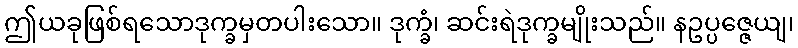
ဤယခုဖြစ်ရသောဒုက္ခမှတပါးသော။ ဒုက္ခံ၊ ဆင်းရဲဒုက္ခမျိုးသည်။ နဥပ္ပဇ္ဇေယျ၊